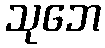
သုဘေ